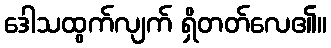
ဒေါသထွက်လျက် ရှိတတ်လေ၏။